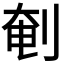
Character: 剦